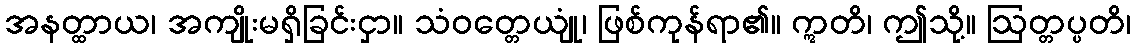
အနတ္ထာယ၊ အကျိုးမရှိခြင်းငှာ။ သံဝတ္တေယျုံ၊ ဖြစ်ကုန်ရာ၏။ ဣတိ၊ ဤသို့။ ဩတ္တပ္ပတိ၊